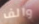
والف